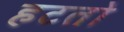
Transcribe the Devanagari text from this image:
हटतो